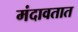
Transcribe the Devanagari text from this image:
मंदावतात